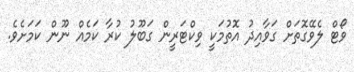
ވޯޓް ލެވޭގޮތަށް ގަވާއިދު އޮތުމަކީ ވިކްޓަރީން ގަބޫލު ކުރާ ކަމެއް ނޫން ކަމަށެވެ.